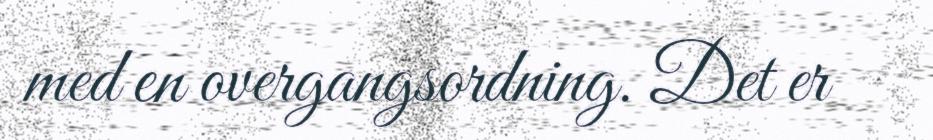
med en overgangsordning. Det er